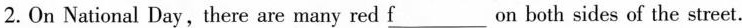
2.On National Day,there are many red \underlineF on both sides of the street.